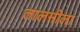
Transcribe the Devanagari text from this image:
तालमीला